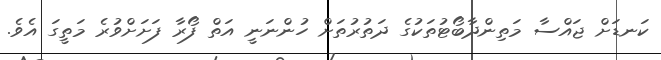
ކަނޑަށް ޖައްސާ މަތިންދާބޯޓުތަކުގެ ދަތުރުތަށް ހުންނަނީ އަތް ފޯރާ ފަށަށްވުރެ މަތީގަ އެވެ.